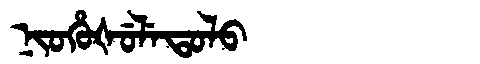
Manchu: ᠨᡳᠣᡥᡠᡧᡠᠯᡝᡨᠣᠯᠣ
Romanization: NIOHUŠULETOLO